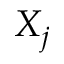
X _ { j }